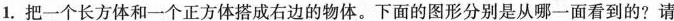
1.把一个长方体和一个正方体搭成右边的物体。下面的图形分别是从哪一面看到的?请